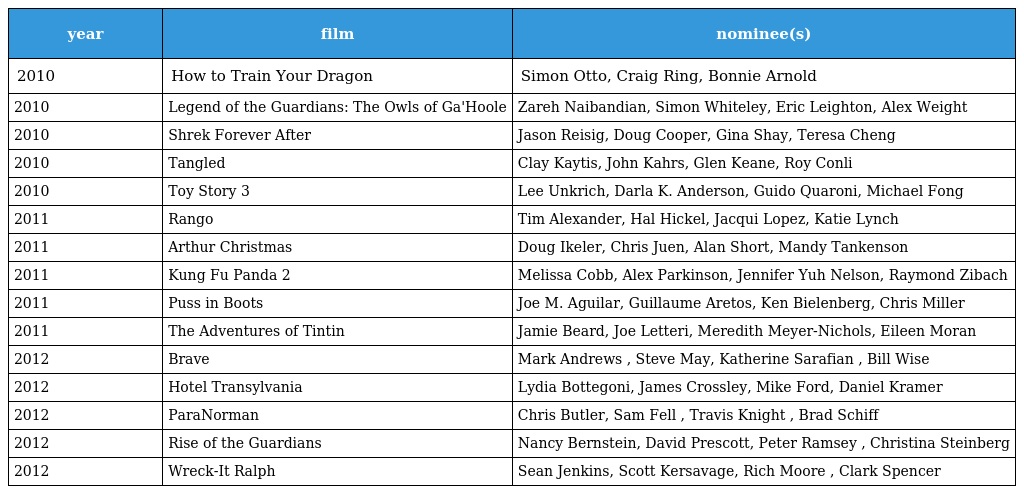
| year | film | nominee(s) |
 | --- | --- | --- |
 | 2010 | How to Train Your Dragon | Simon Otto, Craig Ring, Bonnie Arnold |
 | 2010 | Legend of the Guardians: The Owls of Ga'Hoole | Zareh Naibandian, Simon Whiteley, Eric Leighton, Alex Weight |
 | 2010 | Shrek Forever After | Jason Reisig, Doug Cooper, Gina Shay, Teresa Cheng |
 | 2010 | Tangled | Clay Kaytis, John Kahrs, Glen Keane, Roy Conli |
 | 2010 | Toy Story 3 | Lee Unkrich, Darla K. Anderson, Guido Quaroni, Michael Fong |
 | 2011 | Rango | Tim Alexander, Hal Hickel, Jacqui Lopez, Katie Lynch |
 | 2011 | Arthur Christmas | Doug Ikeler, Chris Juen, Alan Short, Mandy Tankenson |
 | 2011 | Kung Fu Panda 2 | Melissa Cobb, Alex Parkinson, Jennifer Yuh Nelson, Raymond Zibach |
 | 2011 | Puss in Boots | Joe M. Aguilar, Guillaume Aretos, Ken Bielenberg, Chris Miller |
 | 2011 | The Adventures of Tintin | Jamie Beard, Joe Letteri, Meredith Meyer-Nichols, Eileen Moran |
 | 2012 | Brave | Mark Andrews , Steve May, Katherine Sarafian , Bill Wise |
 | 2012 | Hotel Transylvania | Lydia Bottegoni, James Crossley, Mike Ford, Daniel Kramer |
 | 2012 | ParaNorman | Chris Butler, Sam Fell , Travis Knight , Brad Schiff |
 | 2012 | Rise of the Guardians | Nancy Bernstein, David Prescott, Peter Ramsey , Christina Steinberg |
 | 2012 | Wreck-It Ralph | Sean Jenkins, Scott Kersavage, Rich Moore , Clark Spencer |